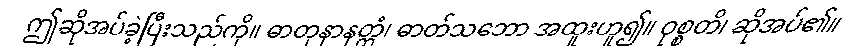
ဤဆိုအပ်ခဲ့ပြီးသည်ကို။ ဓာတုနာနတ္တံ၊ ဓာတ်သဘော အထူးဟူ၍။ ဝုစ္စတိ၊ ဆိုအပ်၏။